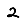
Digit: 2